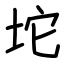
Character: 坨